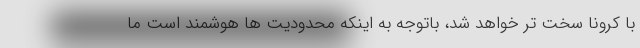
با کرونا سخت تر خواهد شد، باتوجه به اینکه محدودیت ها هوشمند است ما